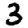
Digit: 3